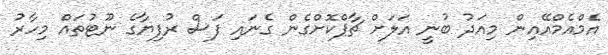
އެމްއެމްއޭއިން މިއަދު ބުނީ އަލަށް ޗާޕްކޮށްގެން ގެނައި ފަސް ރުފިޔާގެ ނޫޓުތައް މިހާރު